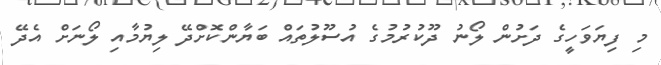
މި ފިޔަވަހީގެ ދަށުން ލޯނު ދޫކުރުމުގެ އުސޫލުތައް ބަޔާންކޮށްދޭ ލިޔުމާއި ލޯނަށް އެދޭ